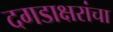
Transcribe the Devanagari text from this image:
दगडाक्षरांचा